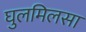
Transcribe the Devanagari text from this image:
घुलमिलसा